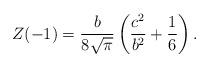
LaTeX: \begin{align*}Z(-1)=\frac{b}{8\sqrt{\pi}}\left(\frac{c^{2}}{b^{2}}+\frac{1}{6}\right).\end{align*}